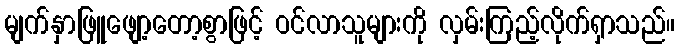
မျက်နှာဖြူဖျော့တော့စွာဖြင့် ဝင်လာသူများကို လှမ်းကြည့်လိုက်ရှာသည်။